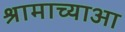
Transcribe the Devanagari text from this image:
श्रामाच्याआ